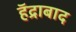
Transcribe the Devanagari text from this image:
हॅद्राबाद